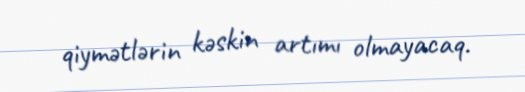
qiymətlərin kəskin artımı olmayacaq.